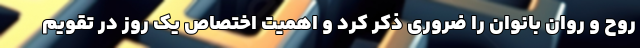
روح و روان بانوان را ضروری ذکر کرد و اهمیت اختصاص یک روز در تقویم